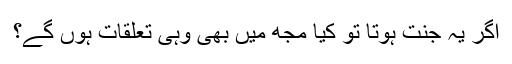
اگر یہ جنت ہوتا تو کیا مجھ میں بھی وہی تعلقات ہوں گے؟